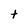
Character: t